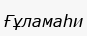
Ғұламаһи